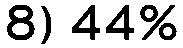
8) 44%